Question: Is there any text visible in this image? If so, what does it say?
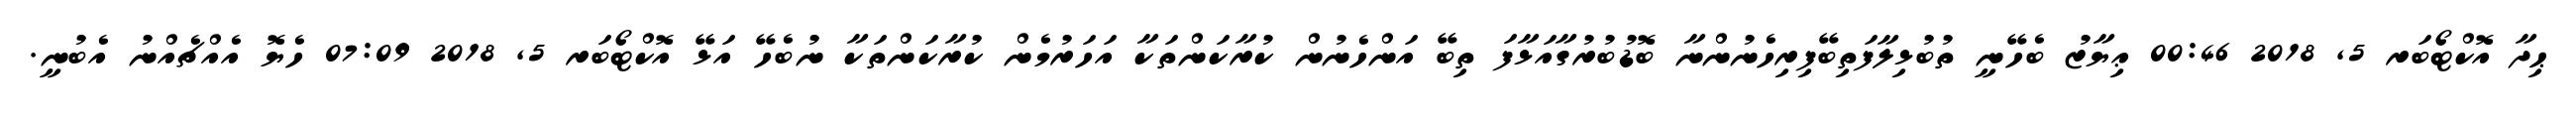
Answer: ޙިދާ އޮކްޓޯބަރ 5, 2018 00:46 ޢިޔާޒު ބެހޭނީ ތުބުޅިލާފަތިބޭފިރިހެނުންނާ ބޮޑުބުރުގާއަޅާފަ ތިބޭ އަންހެނުން ކުރާކަންތަކާ އަހަރުމެން ކުރާކަންތަކާ ނުބެހޭ އަޅޭ އޮކްޓޯބަރ 5, 2018 07:09 ހެޔޮ އެއްޗެއްނު އެބުނީ.